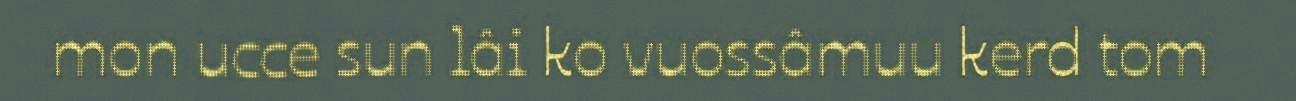
mon ucce sun lâi ko vuossâmuu kerd tom